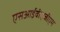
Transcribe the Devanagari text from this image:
एसआईवीएजीएम